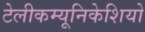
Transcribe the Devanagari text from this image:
टेलीकम्यूनिकेशियो